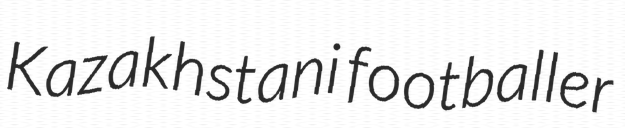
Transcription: Kazakhstani footballer